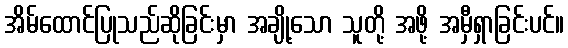
အိမ်ထောင်ပြုသည်ဆိုခြင်းမှာ အချို့သော သူတို့ အဖို့ အမှီရှာခြင်းပင်။